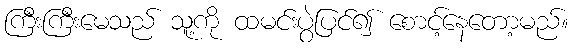
ကြီးကြီးမေသည် သူ့ကို ထမင်းပွဲပြင်၍ စောင့်နေတော့မည်။